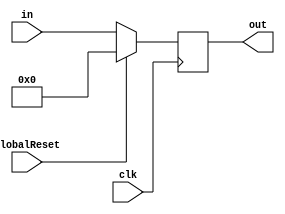
module delay_Z1(
	clk,
	GlobalReset,
	in,
	out
	);

input clk;
input GlobalReset;
input [31:0] in;
output reg [31:0] out;

reg [31:0] out_r;

always @( * ) begin
	out_r = in;
end

always @(posedge clk) begin
    if (GlobalReset == 1'b1) begin
		out <= 32'd0;
    end
	else begin
		out <= out_r;
	end
end

endmodule